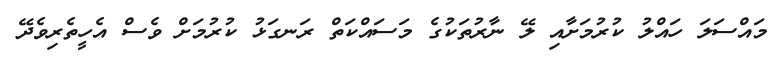
މައްސަލަ ހައްލު ކުރުމަށާއި ލޭ ނާރުތަކުގެ މަސައްކަތް ރަނގަޅު ކުރުމަށް ވެސް އެހީތެރިވެދޭ